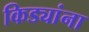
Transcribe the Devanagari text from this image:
किड्यांना